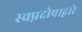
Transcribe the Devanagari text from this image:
स्वप्नदोषाद्वारे